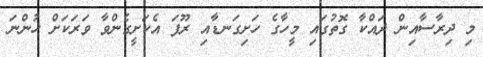
މި ދިރާސާއިން ދައްކާ ގޮތުގައި މީހާގެ ހަށިގަނޑާއި ރޫފަ އެކަށީގެންވާ ވަރަކަށް ހުންނަ